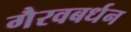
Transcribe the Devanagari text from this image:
गैरवबर्धन